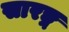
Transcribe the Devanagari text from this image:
सारङ्ग